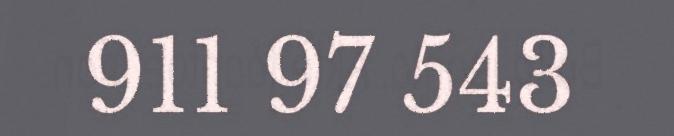
911 97 543